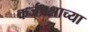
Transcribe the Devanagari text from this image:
कर्जप्रश्नाच्या